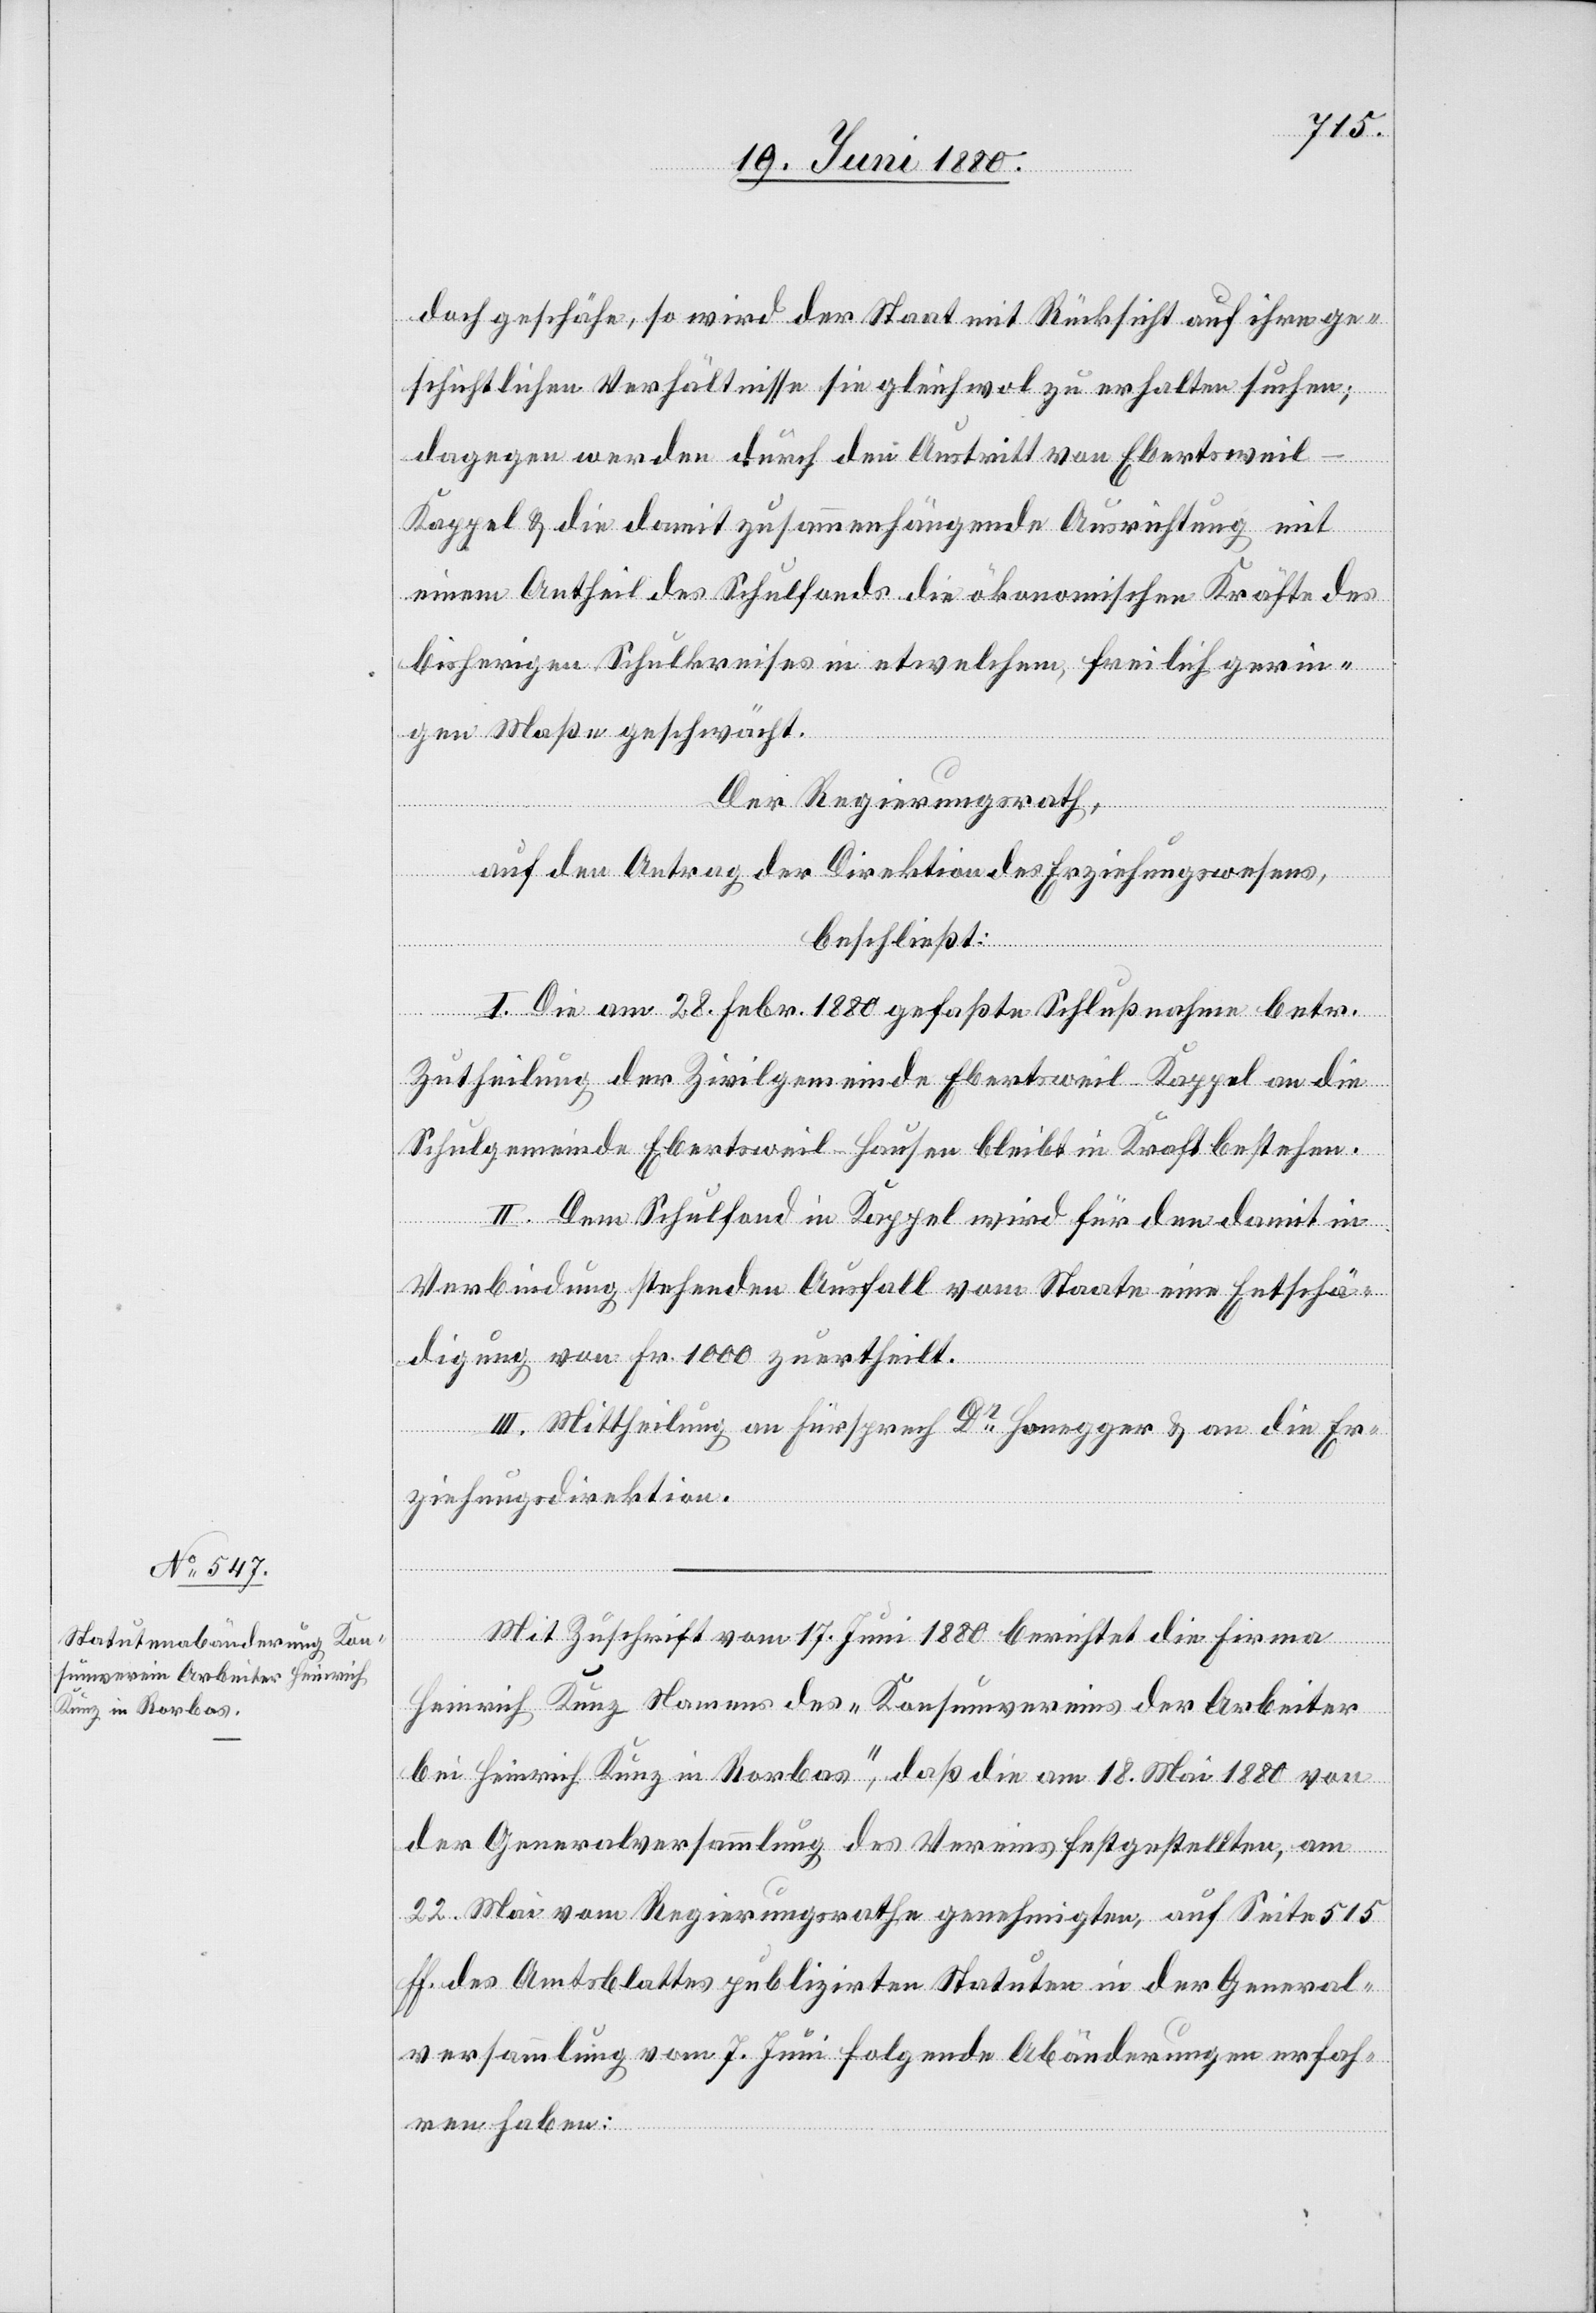
doch geschähe, so wird der Staat mit Rücksicht auf ihre ge¬
schichtlichen Verhältnisse sie gleichwol zu erhalten suchen;
dagegen werden durch den Austritt von Ebertsweil-K¬
appel & die damit zusammenhängende Ausrichtung mit
einem Antheil des Schulfonds die ökonomischen Kräfte des
bisherigen Schulkreise in etwelchem, freilich gerin¬
gen Maße geschwächt.
Der Regierungsrath,
auf den Antrag der Direktion des Erziehungswesens,
beschließt:
I. Die am 28. Febr. 1880 gefaßte Schlußnahme betr.
Zutheilung der Zivilgemeinde Ebertsweil-Kappel an die
Schulgemeinde Ebertsweil-Hausen bleibt in Kraft bestehen.
II. Dem Schulfond in Kappel wird für den damit in
Verbindung stehenden Ausfall vom Staate eine Entschä¬
digung von Fr. 1000 zuertheilt
III. Mittheilung an Fürsprech Dr Honegger & an die Er¬
ziehungsdirektion.
Mit Zuschrift vom 17. Juni 1880 berichtet die Firma
Heinrich Kunz Namens des „Konsumvereins der Arbeiter
bei Heinrich Kunz in Rorbas“, daß die am 18. Mai 1880 von
der Generalversammlung des Vereins festgestellten, am
22. Mai vom Regierungsrathe genehmigten, auf Seite 515
ff. des Amtsblattes publizirten Statuten in der General¬
versammlung vom 7. Juni folgende Abänderung erfah¬
ren haben: